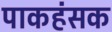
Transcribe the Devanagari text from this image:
पाकहंसक